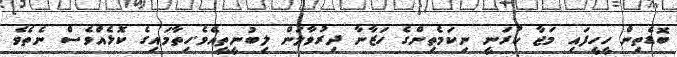
ބޮޑެތިން ހީހީފައި މަޖާ ކުރަނީ ނިކަމެތިންގެ ހަޒާނާ ދިރުވާލަން ލިބުނީތީއެވެ.ހިތާމައިގެ ކޮޅެއްވެސް ނެތެވެ